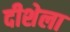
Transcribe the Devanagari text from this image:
दीशेला